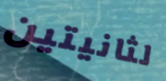
لثانيتين